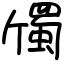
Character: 斶